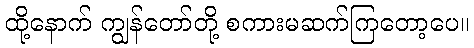
ထို့နောက် ကျွန်တော်တို့ စကားမဆက်ကြတော့ပေ။